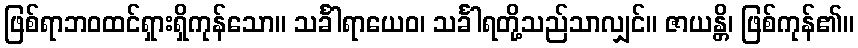
ဖြစ်ရာဘဝထင်ရှားရှိကုန်သော။ သင်္ခါရာယေဝ၊ သင်္ခါရတို့သည်သာလျှင်။ ဇာယန္တိ၊ ဖြစ်ကုန်၏။